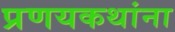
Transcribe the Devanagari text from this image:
प्रणयकथांना